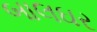
બાલઘર